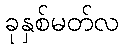
ခုနှစ်မတ်လ